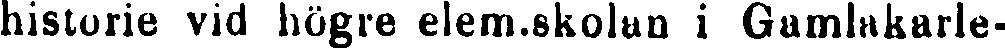
historie vid högre elem.skolan i Gamlakarle-